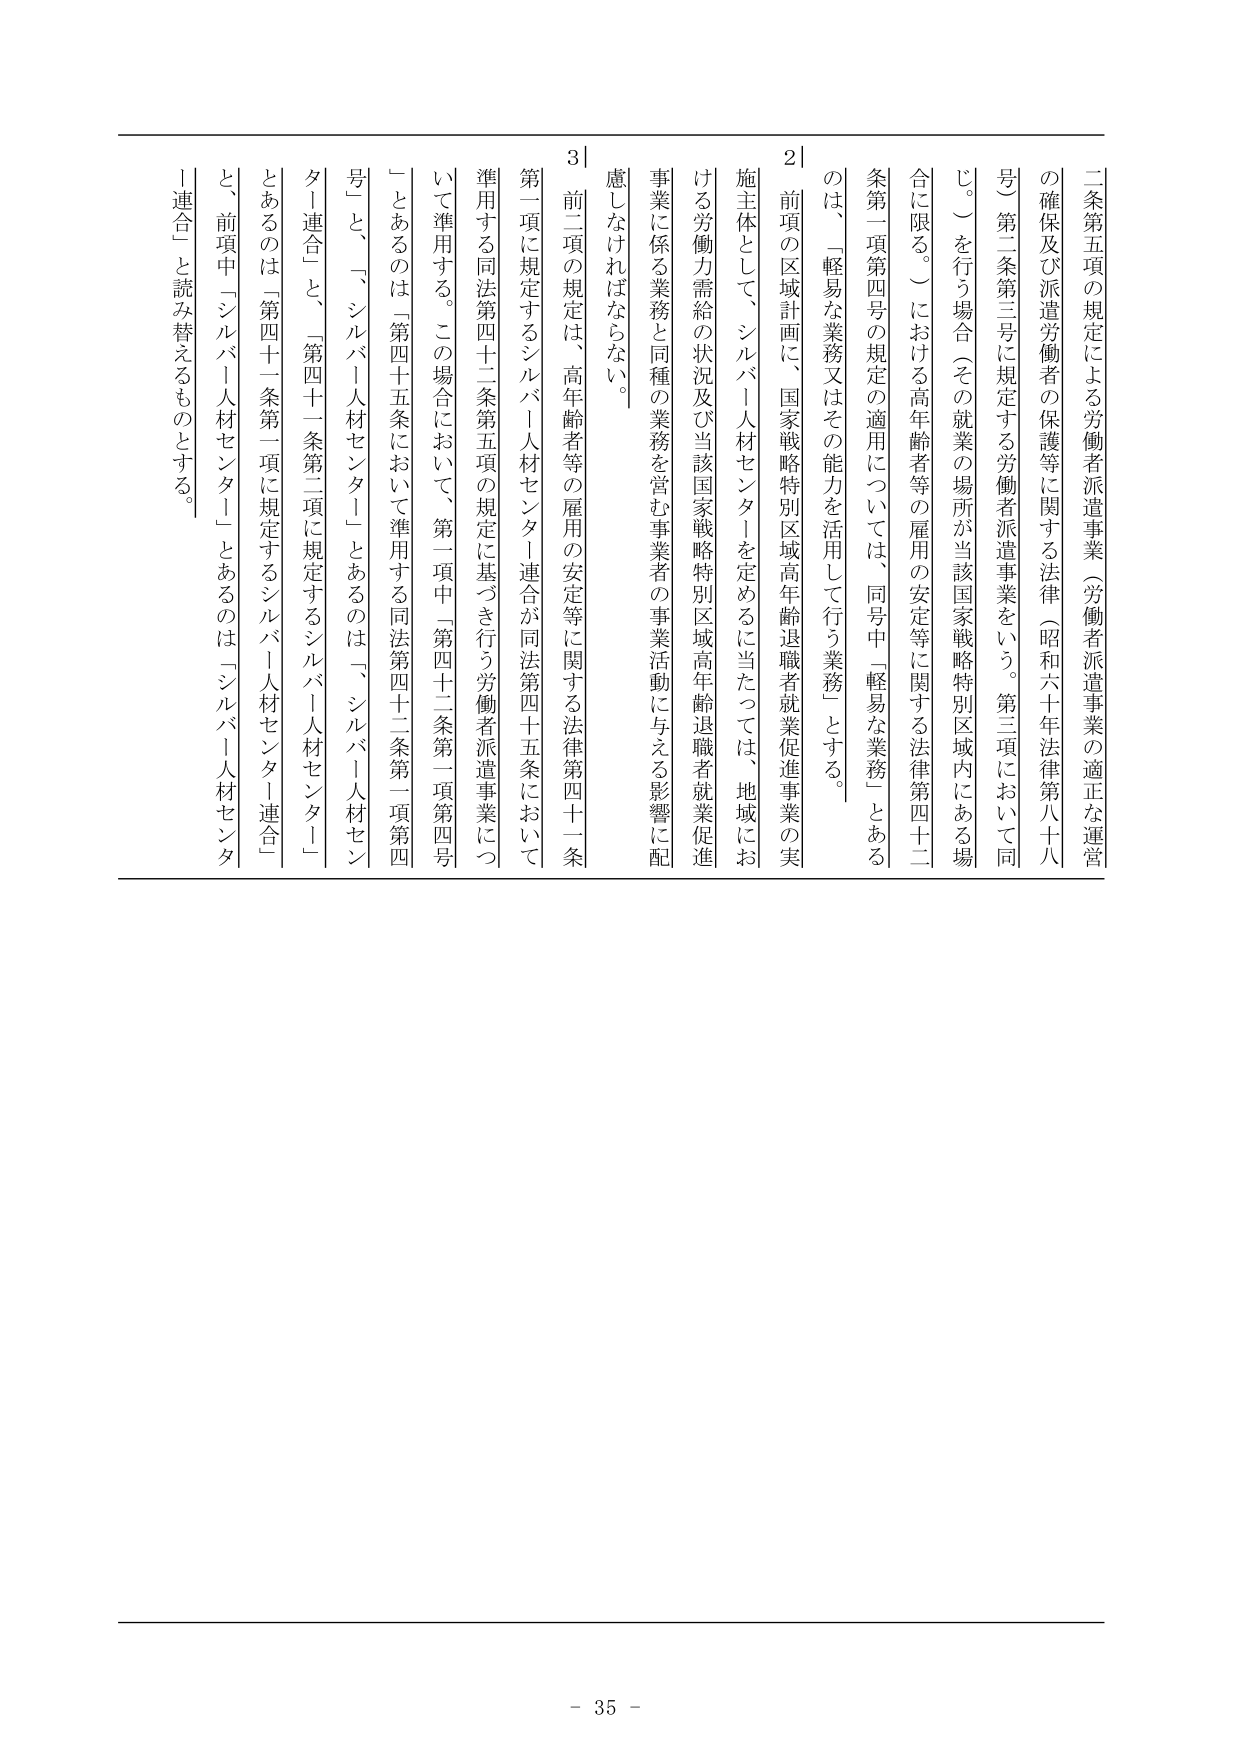
二条第五項の規定による労働者派遣事業（労働者派遣事業の適正な運営の確保及び派遣労働者の保護等に関する法律（昭和六十年法律第八十八号）第二条第三号に規定する労働者派遣事業をいう。第三項において同じ。）を行う場合（その就業の場所が当該国家戦略特別区域内にある場合に限る。）における高年齢者等の雇用の安定等に関する法律第四十二条第一項第四号の規定の適用については、同号中「軽易な業務」とあるのは、「軽易な業務又はその能力を活用して行う業務」とする。

２ 前項の区域計画に、国家戦略特別区域高年齢退職者就業促進事業の実施主体として、シルバー人材センターを定めるに当たっては、地域における労働力需給の状況及び当該国家戦略特別区域高年齢退職者就業促進事業に係る業務と同種の業務を営む事業者の事業活動に与える影響に配慮しなければならない。

３ 前二項の規定は、高年齢者等の雇用の安定等に関する法律第四十一条第一項に規定するシルバー人材センター連合が同法第四十五条において準用する同法第四十二条第五項の規定に基づき行う労働者派遣事業について準用する。この場合において、第一項中「第四十二条第一項第四号」とあるのは「第四十五条において準用する同法第四十二条第一項第四号」と、「シルバー人材センター」とあるのは「シルバー人材センター連合」と、「第四十一条第二項に規定するシルバー人材センター」とあるのは「第四十一条第一項に規定するシルバー人材センター連合」と、前項中「シルバー人材センター」とあるのは「シルバー人材センター連合」と読み替えるものとする。

- 35 -